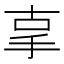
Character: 𢪿